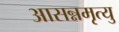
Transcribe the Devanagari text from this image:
आसन्नमृत्यु